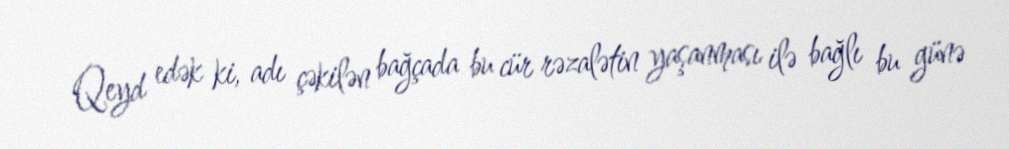
Qeyd edək ki, adı çəkilən bağçada bu cür rəzalətin yaşanması ilə bağlı bu günə